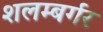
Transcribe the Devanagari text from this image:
शलम्बर्गर